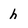
Character: h